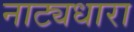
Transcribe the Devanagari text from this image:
नाट्यधारा